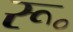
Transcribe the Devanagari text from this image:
रू॰